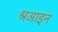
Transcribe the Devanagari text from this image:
श्रआइन